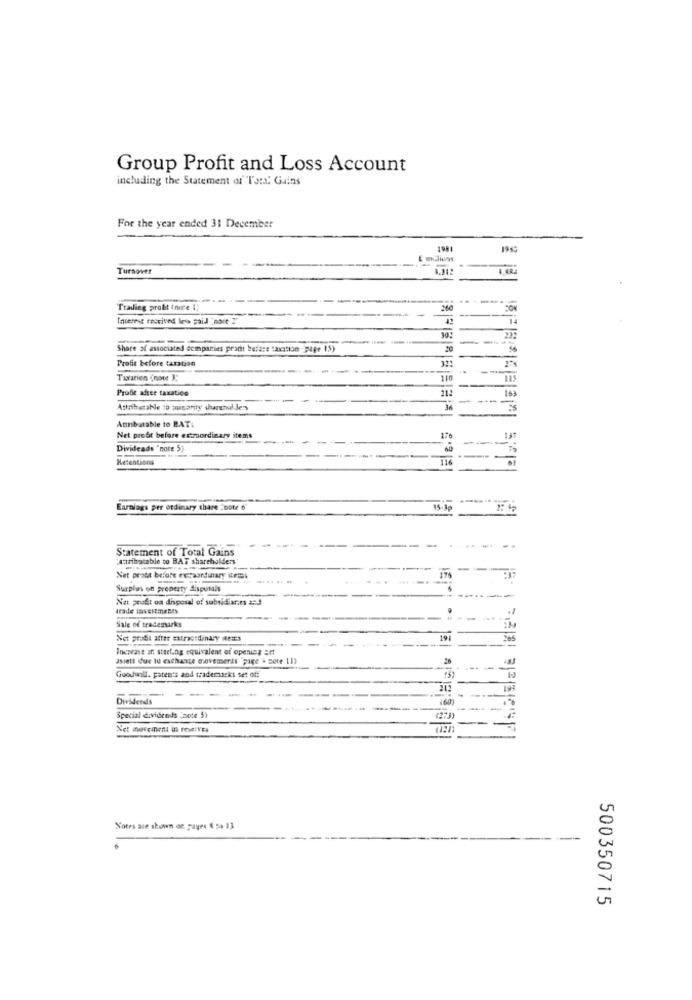
Group Profit and Loss Account
including the Statement of Tara. Guins
For the year ended 31 December
1981
Turnover
Trailing probit (nice !;
Interne received less paid "nott ?".
10:
--
Share of associated companies pradt befare taxation "page 15)
Profit before taxation
32:
Taxarien (note 3;
Prodie after taxatice
112
-
163
-
Attributable ID thisprity shareholders
Attributable to BAT:
Net profit before extraordinary items
Divideads "note 5)
Hetentions
116
Earnings per ordinary share ;bote 6
-
Statement of Total Gains
..
(Attributable to BAT shareholders'
Net probt before estaordinary erms
Surplas on property disposals
Net profit oa disposal of subsidiarity and
trade investments
Sale of trademarks
Not prati after extraordinary items
191
3os
Inenvase on sterling equivalent of openz =
asiett due to exchange cavemeris page & mote 11)
Goodull. paten's and trademasks set of:
Dividends
Special dividends (sete 5)
Net movement in the:VE.
Notes are shown on payes & 5a 13
500350715